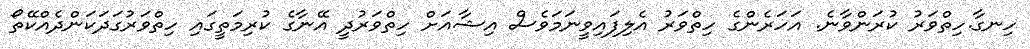
ހިނގާ.ހިތްވަރު ކުރަންވާނެ. އަހަރެންގެ ހިތްވަރު އެލިފައިވީނަމަވެސް އިޝާއަށް ހިތްވަރުދީ އޭނާގެ ކުރިމަތީގައި ހިތްވަރުގަދަކަންދެއްކޭތޯ